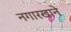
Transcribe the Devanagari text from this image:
नगारखाने